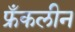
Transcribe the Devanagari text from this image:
फ्रँकलीन